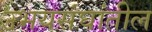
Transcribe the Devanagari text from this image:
उभयसंघांतील